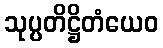
သုပ္ပတိဋ္ဌိတံယေဝ